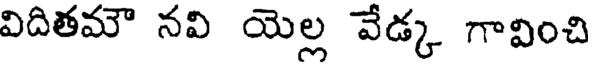
విదితమౌ నవి యెల్ల వేడ్క గావించి